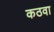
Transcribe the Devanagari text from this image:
कठवा